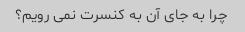
چرا به جای آن به کنسرت نمی رویم؟